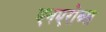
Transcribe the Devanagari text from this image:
एनएरोब्स